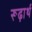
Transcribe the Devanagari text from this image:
रूढ़ार्थ